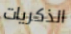
الذكريات